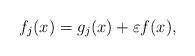
LaTeX: \begin{align*}f_j(x) = g_j(x) + \varepsilon f(x),\end{align*}